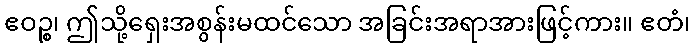
ဧဝဉ္စ၊ ဤသို့ရှေးအစွန်းမထင်သော အခြင်းအရာအားဖြင့်ကား။ ဧတံ၊